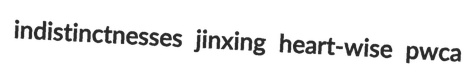
indistinctnesses jinxing heart-wise pwca